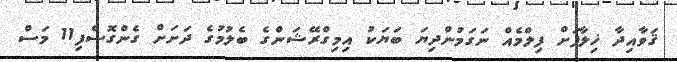
ޤަވާއިދާ ޚިލާފަށް ފިލްމެއް ނަގަމުންދިޔަ ބަޔަކު އިމިގްރޭޝަންގެ ބެލުމުގެ ދަށަށް ގެންގޮސްފި11 މަސް